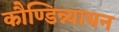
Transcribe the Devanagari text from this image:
कौण्डिन्न्यायन